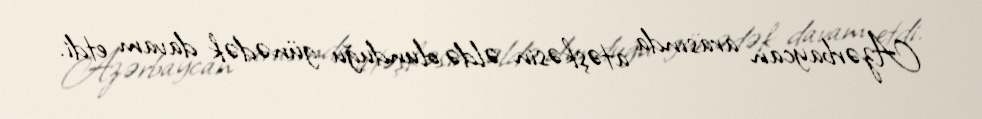
Azərbaycan arasında atəşkəsin əldə olunduğu günədək davam etdi.